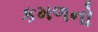
કમળનો